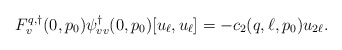
\begin{align*}F^{q,\dagger}_v(0,p_0)\psi^\dagger_{vv}(0,p_0)[u_\ell,u_\ell] = -c_2(q,\ell,p_0)u_{2\ell}.\end{align*}